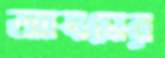
আযমের